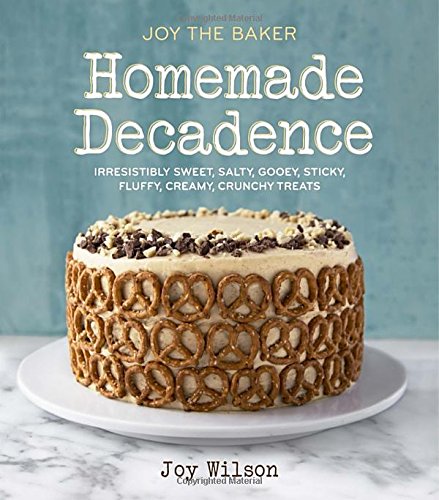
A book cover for Joy the Baker Homemade Decadence: Irresistibly Sweet, Salty, Gooey, Sticky, Fluffy, Creamy, Crunchy Treats; Joy Wilson; Cookbooks, Food & Wine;